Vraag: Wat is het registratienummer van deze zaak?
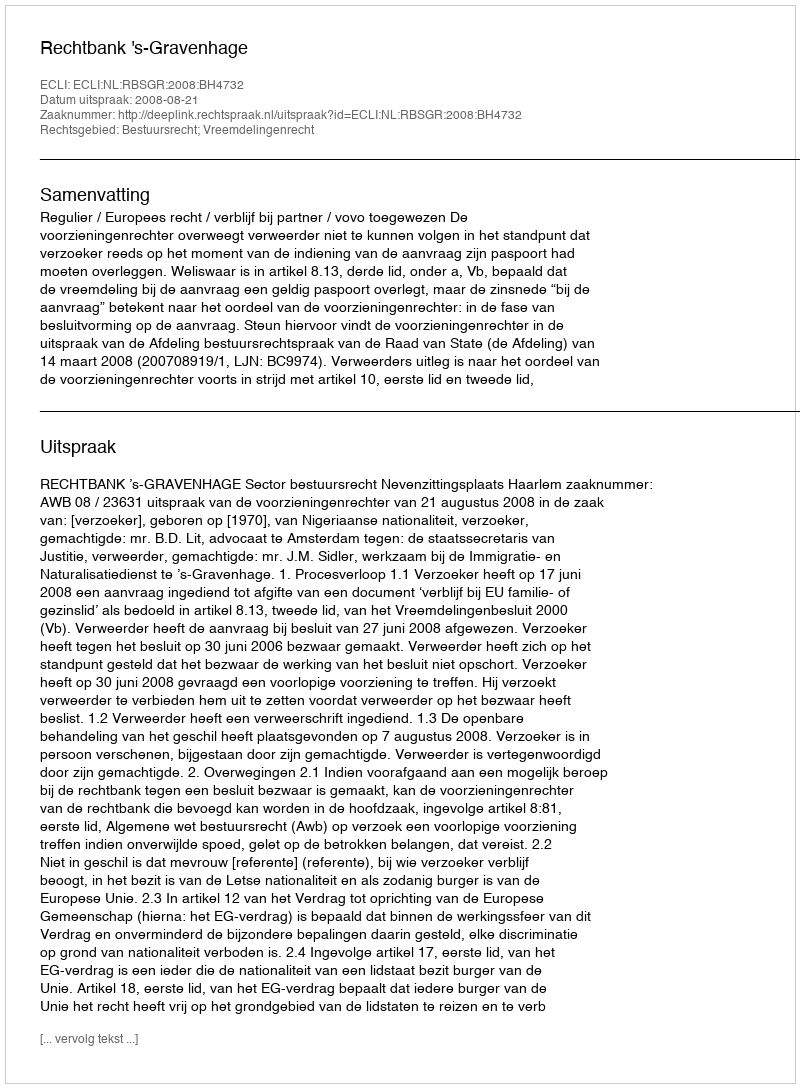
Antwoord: http://deeplink.rechtspraak.nl/uitspraak?id=ECLI:NL:RBSGR:2008:BH4732